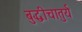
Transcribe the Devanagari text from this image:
बुद्धीचातुर्य